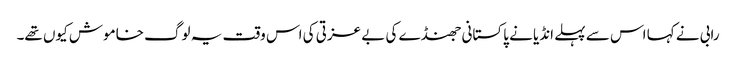
رابی نے کہا اس سے پہلے انڈیا نے پاکستانی جھنڈے کی بے عزتی کی اس وقت یہ لوگ خاموش کیوں تھے۔